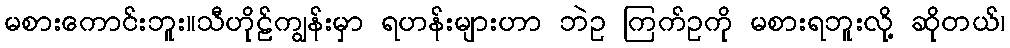
မစားကောင်းဘူး။သီဟိုဠ်ကျွန်းမှာ ရဟန်းများဟာ ဘဲဥ ကြက်ဥကို မစားရဘူးလို့ ဆိုတယ်၊